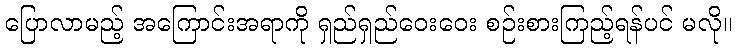
ပြောလာမည့် အကြောင်းအရာကို ရှည်ရှည်ဝေးဝေး စဉ်းစားကြည့်ရန်ပင် မလို။